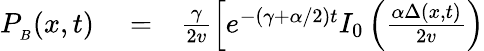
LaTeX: \begin{array}{rlr}{P_{_B}(x,t)}&{{}=}&{\frac{\gamma}{2v}\left[e^{-(\gamma+\alpha/2)t}I_{0}\left(\frac{\alpha\Delta(x,t)}{2v}\right)\right.}\end{array}